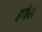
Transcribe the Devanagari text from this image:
हवेल